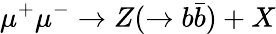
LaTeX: \mu^{+}\mu^{-}\to Z(\to b\bar{b})+X